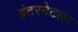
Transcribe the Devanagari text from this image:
इंटरनेटला